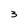
Character: 3